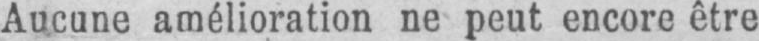
Aucune amélioration ne peut encore être